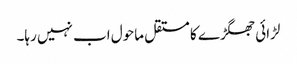
لڑائی جھگڑے کا مستقل ماحول اب نہیں رہا۔